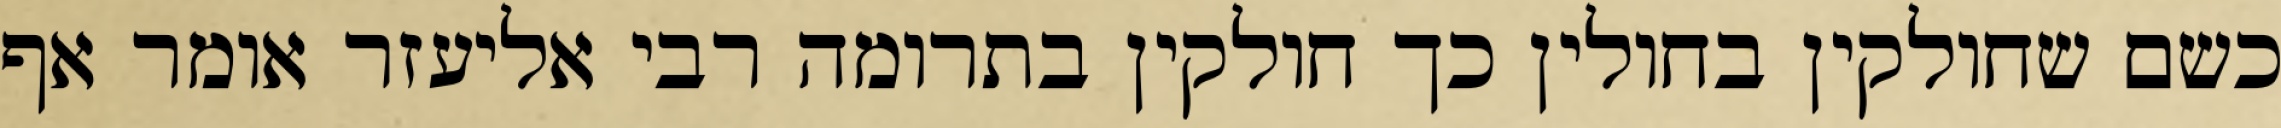
כשם שחולקין בחולין כך חולקין בתרומה רבי אליעזר אומר אף